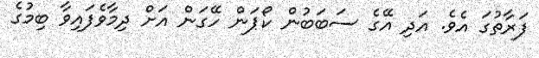
ފަރާތުގަ އެވެ. އަދި އޭގެ ސަބަބުން ކޯޕަން ހޭގަން އަށް ދިމާވެފައިވާ ބިމުގެ